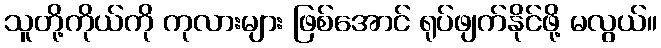
သူတို့ကိုယ်ကို ကုလားများ ဖြစ်အောင် ရုပ်ဖျက်နိုင်ဖို့ မလွယ်။